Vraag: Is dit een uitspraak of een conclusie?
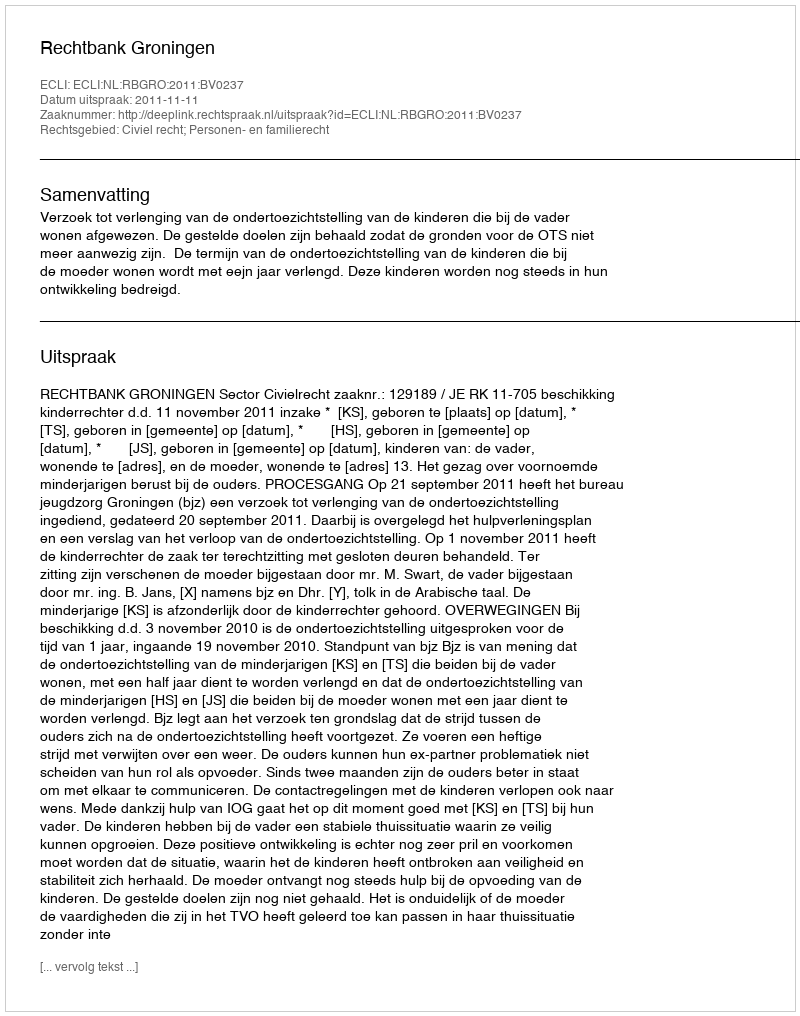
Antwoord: Uitspraak